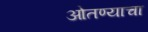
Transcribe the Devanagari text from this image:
ओतण्याचा